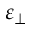
\varepsilon _ { \perp }